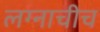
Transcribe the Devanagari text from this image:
लग्नाचीच